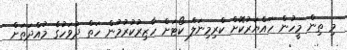
މި ތިން މީހުން ހައްޔަރުކޮށް ކްރިމިނަލް ކޯޓަށް ހާޒިރުކުރުމުން ހަތް ދުވަހުގެ މުއްދަތަށް